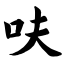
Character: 呋